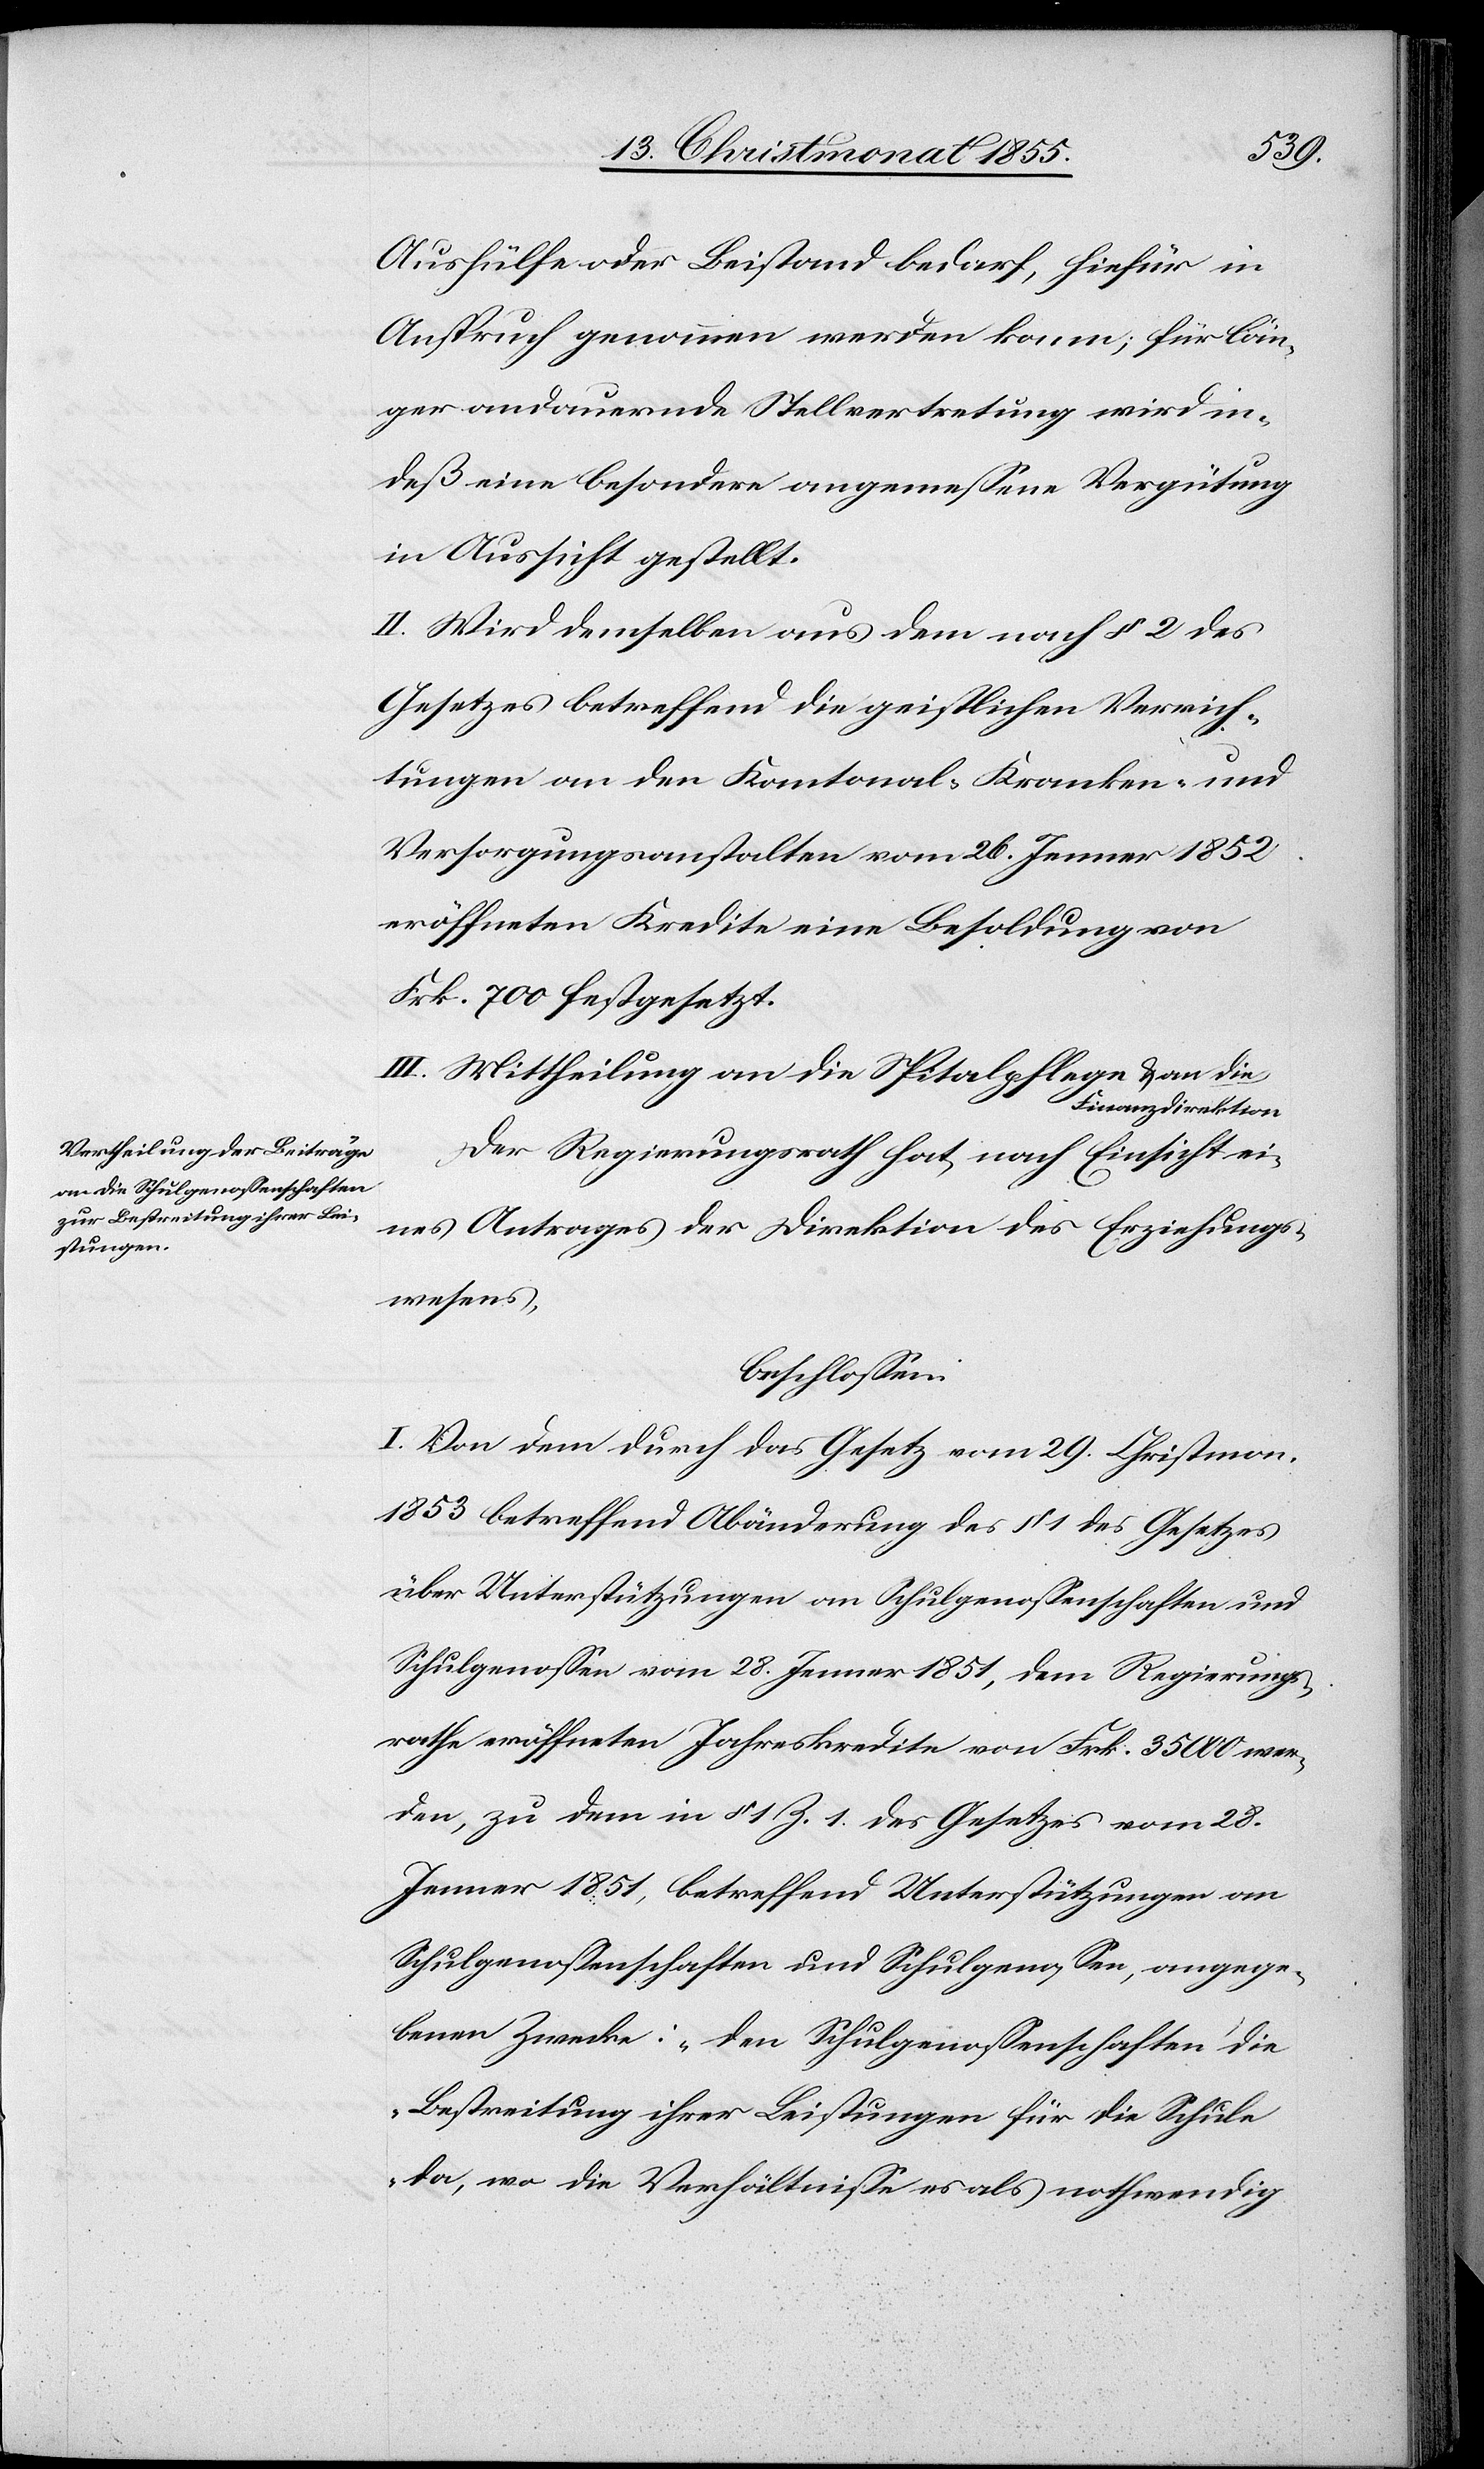
Aushülfe oder Beistand bedarf, hiefür in
Anspruch genommen werden kann; für län¬
ger andauernde Stellvertretung wird in¬
deß eine besondere angemessene Vergütung
in Aussicht gestellt.
II. Wird demselben aus dem nach § 2 des
Gesetzes betreffend die geistlichen Verrich¬
tungen an den Kantonal-Kranken- und
Versorgungsanstalten vom 26. Jenner 1852
eröffneten Kredite eine Besoldung von
Frk. 700 festgesetzt.
III. Mittheilung an die Spitalpflege / an die
Finanzdirektion[.]
Der Regierungsrath hat, nach Einsicht ei¬
nes Antrages der Direktion des Erziehungs¬
wesens,
beschlossen:
I. Von dem durch das Gesetz vom 29. Christmon.
1853 betreffend Abänderung des § 1 des Gesetzes
über Unterstützungen an Schulgenossenschaften und
Schulgenossen vom 28. Jenner 1851, dem Regierungs¬
rathe eröffneten Jahreskredite von Frk. 35 000 wer¬
den, zu dem in § 1 Z. 1. des Gesetzes vom 28.
Jenner 1851, betreffend Unterstützungen an
Schulgenossenschaften und Schulgenossen, angege¬
benen Zwecke: „den Schulgenossenschaften die
Bestreitung ihrer Leistungen für die Schule
da, wo die Verhältnisse es als nothwendig